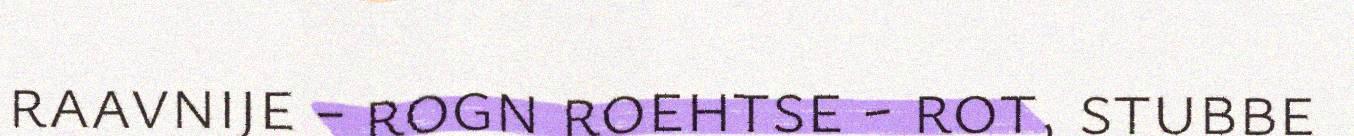
raavnije - rogn roehtse - rot, stubbe